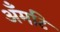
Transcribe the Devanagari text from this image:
अँमटि